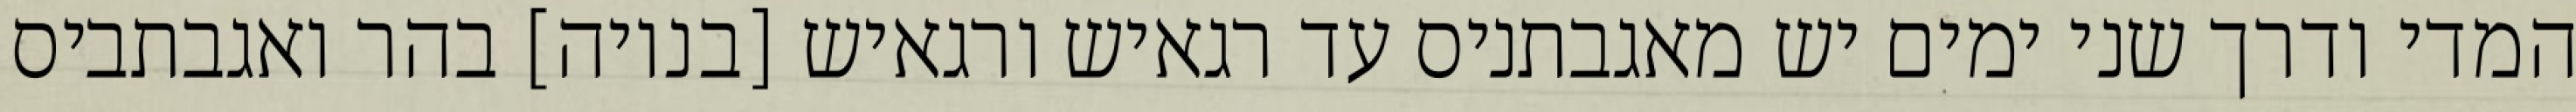
המדי ודרך שני ימים יש מאגבתניס עד רגאיש ורגאיש [בנויה] בהר ואגבתביס